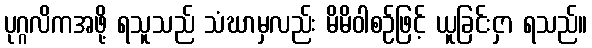
ပုဂ္ဂလိကအဖို့ ရသူသည် သံဃာမှလည်း မိမိဝါစဉ်ဖြင့် ယူခြင်းငှာ ရသည်။